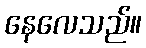
နေလေသည်။